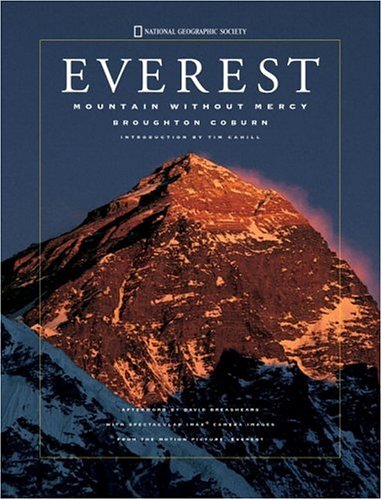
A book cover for Everest : Mountain Without Mercy; Broughton Coburn; Science & Math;